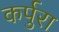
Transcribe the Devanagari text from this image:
कर्पुरा